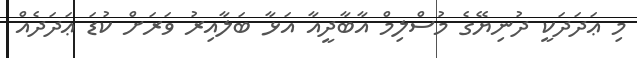
މި ޢަދަދަކީ ދުނިޔޭގެ މުސްލިމް އާބާދީއާ އަޅާ ބަލާއިރު ވަރަށް ކުޑަ ޢަދަދެއް